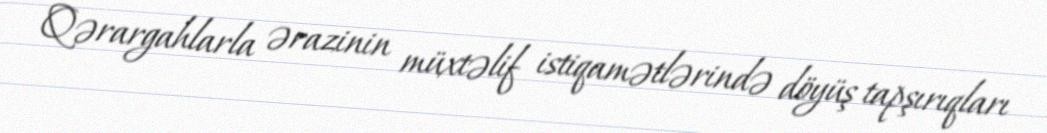
Qərargahlarla ərazinin müxtəlif istiqamətlərində döyüş tapşırıqları